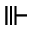
\Vvdash